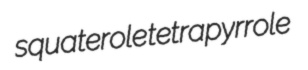
squaterole tetrapyrrole